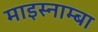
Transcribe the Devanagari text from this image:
माइस्नाम्बा